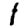
Digit: 1